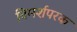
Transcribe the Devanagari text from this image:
विमर्शपरक